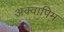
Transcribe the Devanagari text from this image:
अक्वापिम